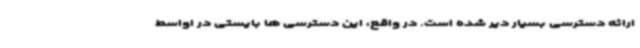
ارائه دسترسی بسیار دیر شده است. در واقع، این دسترسی ها بایستی در اواسط